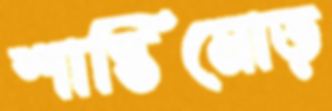
শান্তিমোড়